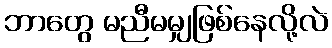
ဘာတွေ မညီမမျှဖြစ်နေလို့လဲ